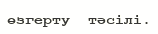
өзгерту  тәсілі.